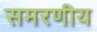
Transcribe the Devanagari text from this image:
समरणीय